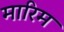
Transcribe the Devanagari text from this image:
मारिम